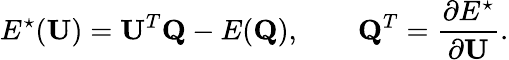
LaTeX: E^{\star}(\mathbf{U})=\mathbf{U}^{T}\mathbf{Q}-E(\mathbf{Q}),\qquad\mathbf{Q}^{T}=\frac{\partial E^{\star}}{\partial\mathbf{U}}.